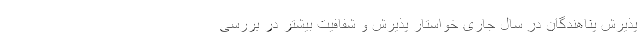
پذیرش پناهندگان در سال جاری خواستار پذیرش و شفافیت بیشتر در بررسی